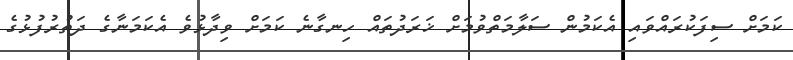
ކަމަށް ސިފަކުރައްވައި އެކަމުން ސަލާމަތްވުމަށް ޚަރަދުތައް ހިނގާނެ ކަމަށް ވިދާޅުވެ އެކަމަނާގެ ދަތުރުފުޅުގެ